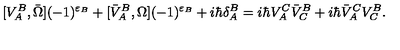
[ V _ { A } ^ { B } , \bar { \Omega } ] ( - 1 ) ^ { \varepsilon _ { B } } + [ \bar { V } _ { A } ^ { B } , \Omega ] ( - 1 ) ^ { \varepsilon _ { B } } + i \hbar \delta _ { A } ^ { B } = i \hbar V _ { A } ^ { C } \bar { V } _ { C } ^ { B } + i \hbar \bar { V } _ { A } ^ { C } V _ { C } ^ { B } .